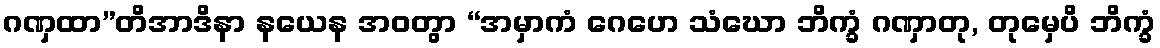
ဂဏှထာ”တိအာဒိနာ နယေန အဝတွာ “အမှာကံ ဂေဟေ သံဃော ဘိက္ခံ ဂဏှာတု, တုမှေပိ ဘိက္ခံ